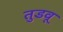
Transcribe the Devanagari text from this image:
तुडवू